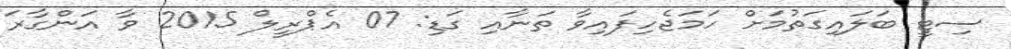
ސިޓީ ބަލައިގަތުމަށް ހަމަޖެހިފައިވާ ތަނާއި ގަޑި: 07 އެޕްރީލް 2015 ވާ އަންގާރަ